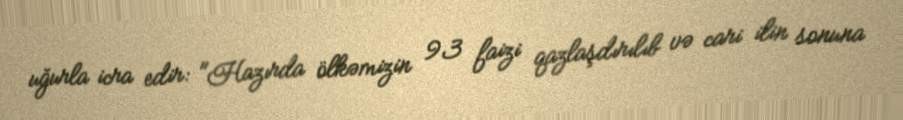
uğurla icra edir: "Hazırda ölkəmizin 93 faizi qazlaşdırılıb və cari ilin sonuna